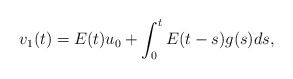
\begin{align*} v_1(t) = E(t)u_0 + \int_0^t E(t-s) g(s) ds, \end{align*}